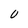
Character: 0